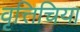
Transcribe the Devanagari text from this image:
वृत्तिचिया